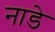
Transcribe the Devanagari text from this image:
नाडे